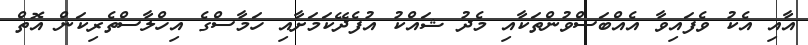
އާއި އެކު ވެފައިވާ އެއްބަސްވުންތަކާއި މެދު ޝައްކު އުފެދޭކަމަށާއި ހަމާސްގެ އިހްލާސްތެރިކަން އޮތް